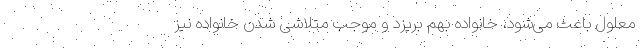
معلول باعث می‌شود، خانواده بهم بریزد و موجب متلاشی شدن خانواده نیز